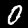
Label: 0